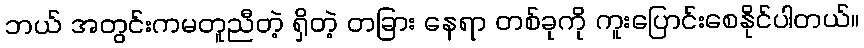
ဘယ် အတွင်းကမတူညီတဲ့ ရှိတဲ့ တခြား နေရာ တစ်ခုကို ကူးပြောင်းစေနိုင်ပါတယ်။